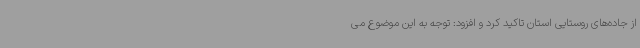
از جاده‌های روستایی استان تاکید کرد و افزود: توجه به این موضوع می